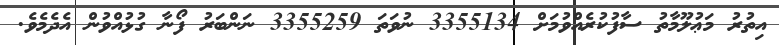
އިތުރު މަޢުލޫމާތު ސާފުކުރެއްވުމަށް 3355134 ނުވަތަ 3355259 ނަންބަރު ފޯނާ ގުޅުއްވުން އެދެމެވެ.